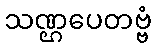
သဏ္ဌပေတဗ္ဗံ